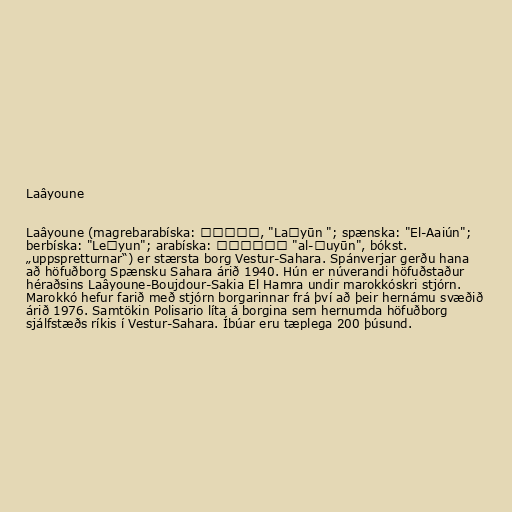
Laâyoune

Laâyoune (magrebarabíska: لعيون, "Laʕyūn "; spænska: "El-Aaiún";
berbíska: "Leɛyun"; arabíska: العيون "al-ʿuyūn", bókst.
„uppspretturnar“) er stærsta borg Vestur-Sahara. Spánverjar gerðu hana
að höfuðborg Spænsku Sahara árið 1940. Hún er núverandi höfuðstaður
héraðsins Laâyoune-Boujdour-Sakia El Hamra undir marokkóskri stjórn.
Marokkó hefur farið með stjórn borgarinnar frá því að þeir hernámu svæðið
árið 1976. Samtökin Polisario líta á borgina sem hernumda höfuðborg
sjálfstæðs ríkis í Vestur-Sahara. Íbúar eru tæplega 200 þúsund.